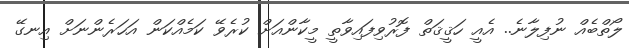
ލޯތްބެއް ނުފިލާނެ.. އެއީ ހަޤީޤަތް ފޮރުވިފައިވާތީ މީކާންއަށް ކުރެވޭ ކަމެއްކަން އަހަރެންނަށް އިނގޭ